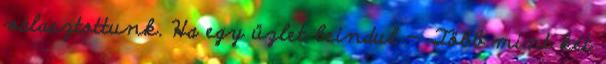
választottunk. Ha egy üzlet beindul — Több mint két